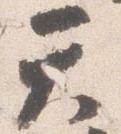
天